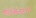
الصفارة